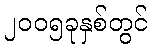
၂၀၀၅ခုနှစ်တွင်